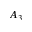
A _ { 3 }